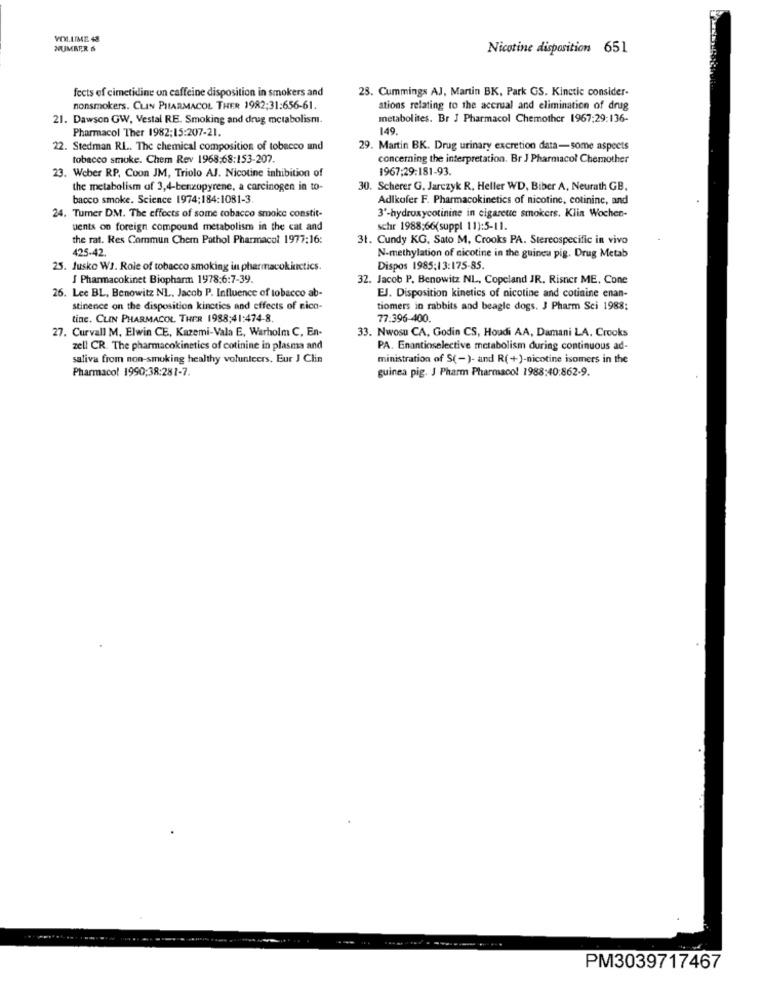
VOLLIME 48
NUMRER &
Nicotine disposition 651
fects of cimetidine on caffeine disposition in smokers and
23. Cummings AJ, Martin BK, Park GS. Kinetic consider-
nonsmokers. CLIN PHARMACOL THER 1982;31:656-61.
ations relating to the accrual and elimination of drug
21. Dawson GW, Vestal RE. Smoking and drug metabolism.
metabolites. Br J Pharmacol Chemother 1967:29:136-
Pharmacol Ther 1982:15:207-21.
149.
22. Stedman RL. The chemical composition of tobacco and
29. Martin BK. Drug urinary excretion data-some aspects
tobacco smoke. Chem Rev 1968:68:153-207.
concerning the interpretation. Br J Pharmacol Chemother
1967:29:181-93.
23. Weber RP, Coon JM, Triolo AJ. Nicotine inhibition of
the metabolism of 3,4-benzopyrene, a carcinogen in to-
30. Scherer G. Jarczyk R, Heller WD, Biber A, Neurath GB.
bacco smoke. Science 1974;184:1081-3
Adlkufer F. Pharmacokinetics of nicotine, cotininc, and
3'-hydroxycotinine in cigarete smokers. Klin Wochen-
24. Turner DM. The effects of some tobacco smoke constit-
vents on foreign compound metabolism in the cat and
schr 1988;66(suppl 11):5-11.
the rat. Res Commun Chem Pathol Pharmacol 1977:16:
31. Cundy KG, Sato M, Crooks PA. Stereospecific in vivo
425-42.
N-methylation of nicotine in the guinea pig. Drug Metab
25. Jusko WJ. Role of tobacco smoking in pharmacokkictics.
Dispos 1985:13:175-85.
J Pharmacokinet Biopharm 1978:6:7-39.
32. Jacob P. Benowitz NL, Copeland JR. Risner ME, Cone
26. Lee BL, Benowitz NL. Jacob P. Influence of tobacco ab-
EJ. Disposition kinetics of nicotine and cotinine enan-
stinence on the disposition kinetics and effects of nico-
tiomers in rabbits and beagle dogs. J Pharm Sci 1988;
tine. CLIN PHARMACOL THER 1988:41:474-8.
77:396-400.
27. Curvall M, Elwin CE, Kazemi-Vala E, Warholm C, En-
33. Nwosu CA, Godin CS, Houdi AA, Damani LA. Crooks
zell CR. The pharmacokinetics of cotinine in plasma and
PA. Enantioselective metabolism during continuous ad-
saliva from non-smoking healthy volunteers. Eur J Clin
ministration of S(-)- and R(+)-nicotine isomers in the
Pharmacol 1990:38:281-7.
guinea pig. J Pharm Pharmacol 1988:40:862-9.
PM3039717467